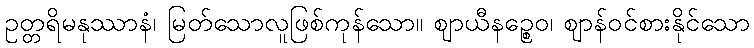
ဥတ္တရိမနုဿာနံ၊ မြတ်သောလူဖြစ်ကုန်သော။ ဈာယီနဉ္စေဝ၊ ဈာန်ဝင်စားနိုင်သော